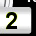
Digit: 2